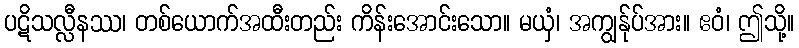
ပဋိသလ္လီနဿ၊ တစ်ယောက်အထီးတည်း ကိန်းအောင်းသော။ မယှံ၊ အကျွန်ုပ်အား။ ဧဝံ၊ ဤသို့။